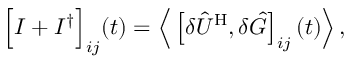
\Big [ I + I ^ { \dagger } \Big ] _ { i j } ( t ) = \Big \langle \left[ \delta \hat { U } ^ { \mathrm { H } } , \delta \hat { G } \right] _ { i j } ( t ) \Big \rangle \, ,